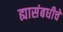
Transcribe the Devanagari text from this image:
ह्यासंबधीचे